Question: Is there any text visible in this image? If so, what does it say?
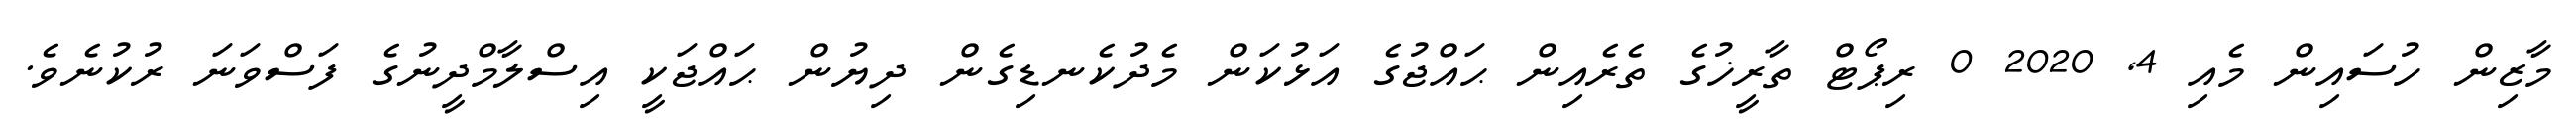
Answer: މާޒިން ހުސައިން މެއި 4, 2020 0 ރިޕޯޓް ތާރީޚުގެ ތެރެއިން ޙައްޖުގެ އަޅުކަން މެދުކެނޑިގެން ދިޔުން ޙައްޖަކީ އިސްލާމްދީނުގެ ފަސްވަނަ ރުކުނެވެ.